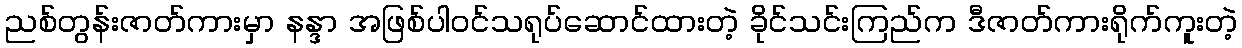
ညစ်တွန်းဇာတ်ကားမှာ နန္ဒာ အဖြစ်ပါဝင်သရုပ်ဆောင်ထားတဲ့ ခိုင်သင်းကြည်က ဒီဇာတ်ကားရိုက်ကူးတဲ့